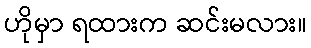
ဟိုမှာ ရထားက ဆင်းမလား။